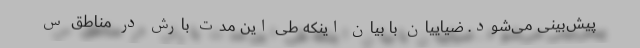
پیش‌بینی می‌شود. ضیاییان با بیان اینکه طی این مدت بارش در مناطق س